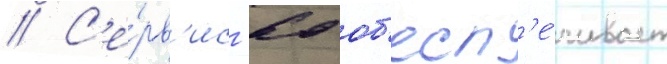
// С'е́рв'ис -60 об'есп'е́чивает